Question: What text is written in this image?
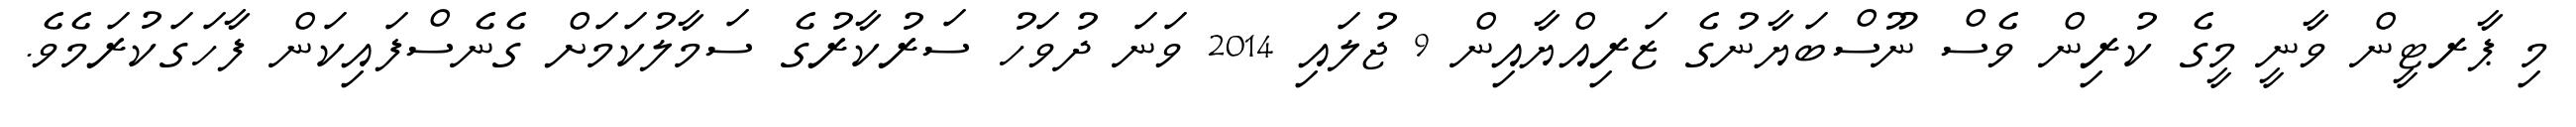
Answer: މި ޕާރޓީން ވާނީ މީގެ ކުރިން ވެސް ނޫސްބަޔާނުގެ ޒަރިއްޔާއިން 9 ޖުލައި 2014 ވަނަ ދުވަހު ސަރުކާރުގެ ސަމާލުކަމަށް ގެނެސްފައިކަން ފާހަގަކުރަމެވެ.